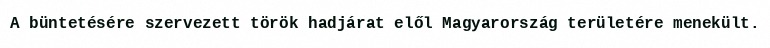
A büntetésére szervezett török hadjárat elől Magyarország területére menekült.